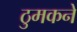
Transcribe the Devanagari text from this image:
ठुमकने